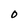
Character: O